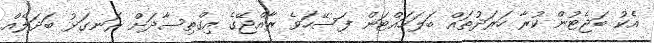
އެކު ބަޖެޓުން ކުރާ ހަރަދުތައް ބަލަހައްޓަން ފަސޭހަވެ ރާއްޖޭގެ އިގްތިސާދަށް ރަނގަޅު ބަަދަލެއް